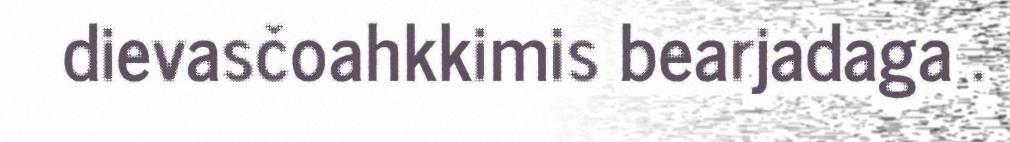
dievasčoahkkimis bearjadaga .